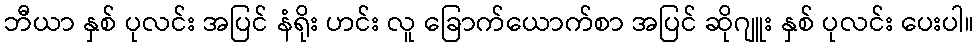
ဘီယာ နှစ် ပုလင်း အပြင် နံရိုး ဟင်း လူ ခြောက်ယောက်စာ အပြင် ဆိုဂျူး နှစ် ပုလင်း ပေးပါ။